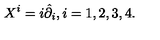
X ^ { i } = i \hat { \partial } _ { i } , i = 1 , 2 , 3 , 4 .